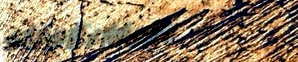
sUpErMaRt